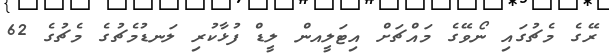
ރޭގެ މެޗުގައި ނޯވޭގެ މައްޗަށް އިޓަލީއން ލީޑް ފުޅާކުރި ލަނޑުމެޗުގެ މެޗުގެ 62